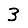
Digit: 3